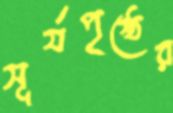
সূর্যপৃষ্ঠের